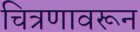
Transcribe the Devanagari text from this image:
चित्रणावरून